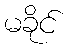
မခိုင်